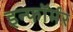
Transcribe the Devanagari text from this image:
इन्फॉर्मर